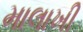
માલાખી